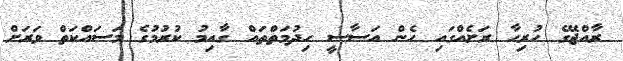
ރާއްޖޭގެ ހުރިހާ ރަށެއްގައި ހެން އަސާސީ ހިދުމަތްތައް ގާއިމު ކުރުމުގެ މަސައްކަތް ވަރަށް